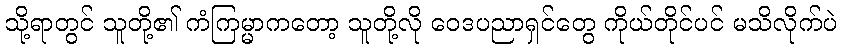
သို့ရာတွင် သူတို့၏ ကံကြမ္မာကတော့ သူတို့လို ဝေဒပညာရှင်တွေ ကိုယ်တိုင်ပင် မသိလိုက်ပဲ